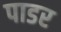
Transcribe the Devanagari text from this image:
पाडर